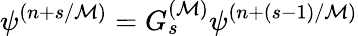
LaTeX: \psi^{(n+s/{\cal M})}=G_{s}^{({\cal M})}\psi^{(n+(s-1)/{\cal M})}